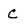
Character: C